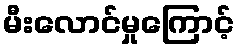
မီးလောင်မှုကြောင့်